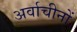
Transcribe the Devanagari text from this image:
अर्वाचीनों